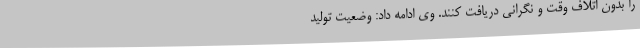
را بدون اتلاف وقت و نگرانی دریافت کنند. وی ادامه داد: وضعیت تولید